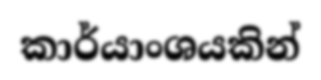
කාර්යාංශයකින්